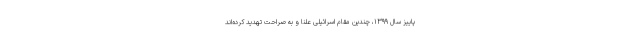
پاییز سال ۱۳۹۹، چندین مقام اسرائیلی علنا و به صراحت تهدید کرده‌اند